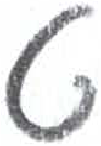
אות: ט